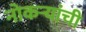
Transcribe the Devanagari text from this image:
नोकर्‍यांची